Problem: 7 × 3 = ?
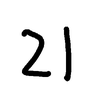
Handwritten answer: 21